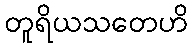
တူရိယသတေဟိ